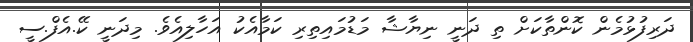
ދަރިފުޅުމެން ކޮންތާކަށް ތި ދަނީ ނިޔާޝާ މަޑުމައިތިރި ކަމާއެކު އަހާލިއެވެ. މިދަނީ ކޭ.އެފް.ސީ